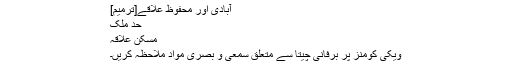
آبادی اور محفوظ علاقے[ترمیم]
حد ملک
مسکن علاقہ
ویکی کومنز پر برفانی چیتا سے متعلق سمعی و بصری مواد ملاحظہ کریں۔